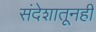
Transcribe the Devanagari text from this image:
संदेशातूनही